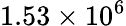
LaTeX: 1.53\times 10^{6}